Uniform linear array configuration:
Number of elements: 12
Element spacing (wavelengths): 0.25
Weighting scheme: binomial
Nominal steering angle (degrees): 45
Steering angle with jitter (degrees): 45.126
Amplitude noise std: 0.05
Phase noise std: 0.05

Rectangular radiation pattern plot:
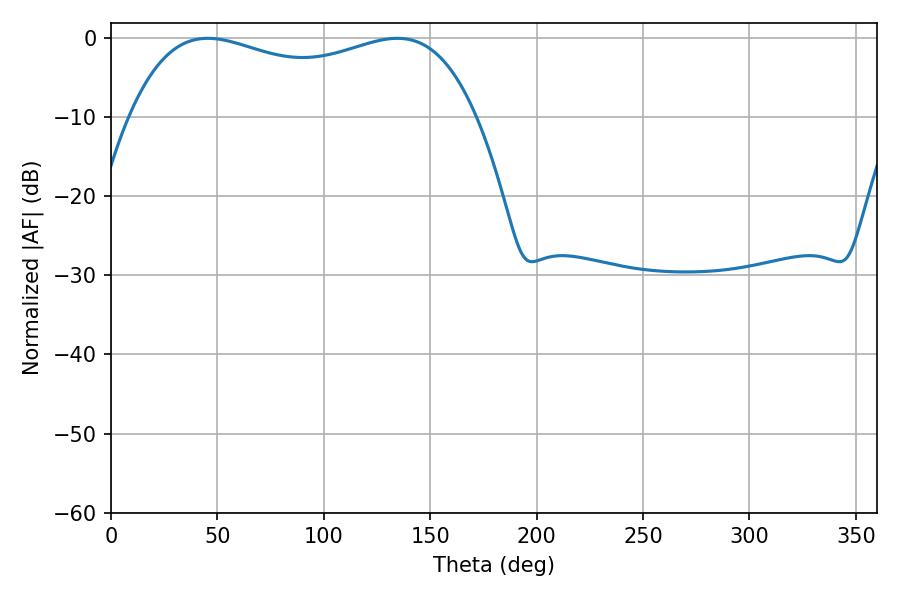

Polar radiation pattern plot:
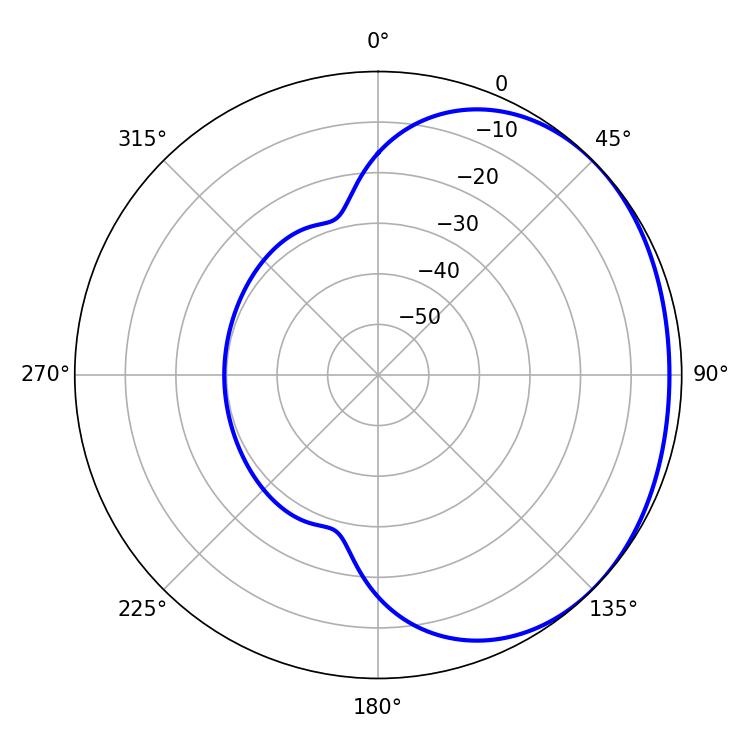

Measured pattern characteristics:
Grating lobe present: FALSE
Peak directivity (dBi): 1.379
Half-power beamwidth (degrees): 133.2
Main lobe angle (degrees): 45.36